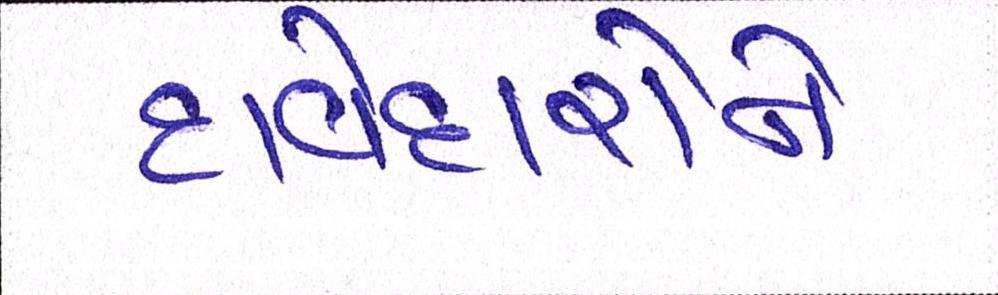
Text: દાવેદારોને